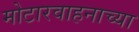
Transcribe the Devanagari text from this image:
मोटारवाहनाच्या